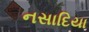
નસાદિયા